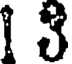
1 3